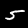
Digit: 5